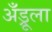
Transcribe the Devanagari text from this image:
अँड्रूला